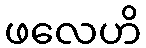
ဖလေဟိ